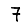
Digit: 7